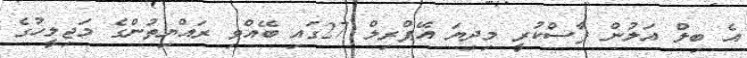
އެ ބިލް އަލުން ފާސްކުރީ މިދިޔަ އޭޕްރިލް 27ގައި ބޭއްވި ރައްޔިތުންގެ މަޖިލީހުގެ